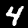
Label: 4